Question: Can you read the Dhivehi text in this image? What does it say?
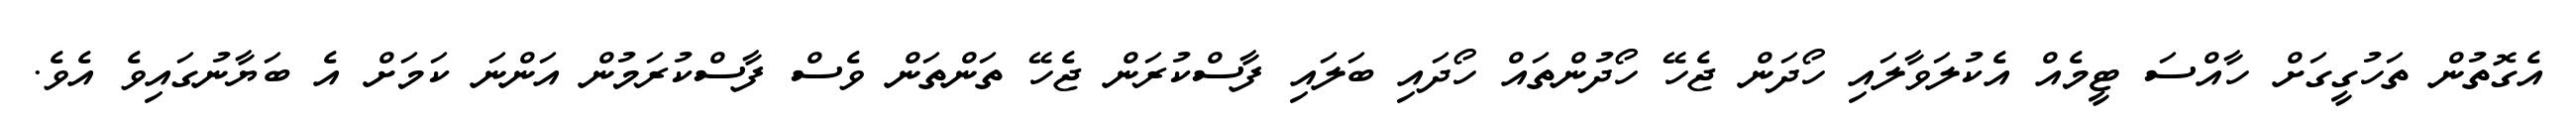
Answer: އެގޮތުން ތަހުގީގަށް ހާއްސަ ޓީމެއް އެކުލަވާލައި ހޯދަން ޖެހޭ ހޯދުންތައް ހޯދައި ބަލައި ފާސްކުރަން ޖެހޭ ތަންތަން ވެސް ފާސްކުރަމުން އަންނަ ކަމަށް އެ ބަޔާނުގައިވެ އެވެ.